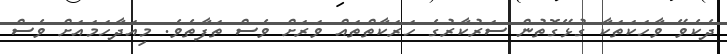
ދެކެވޭ ވާހަކަތަކާ ގުޅޭގޮތުން ސަރުކާރުގެ ހަރަކާތްތައް ވަރަށް ވެސް ތަފާތެވެ. މިއަދާހަމައަށް ވެސް